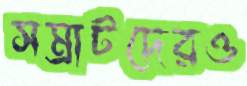
সম্রাটদেরও